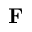
\mathbf { F }